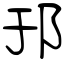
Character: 邘